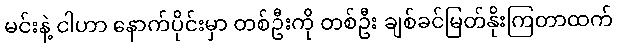
မင်းနဲ့ ငါဟာ နောက်ပိုင်းမှာ တစ်ဦးကို တစ်ဦး ချစ်ခင်မြတ်နိုးကြတာထက်